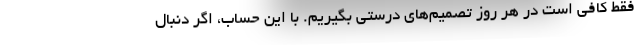
فقط کافی است در هر روز تصمیم‌های درستی بگیریم. با این حساب، اگر دنبال